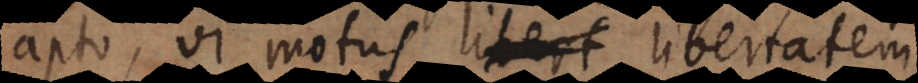
apto, vi motus libertatem